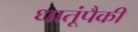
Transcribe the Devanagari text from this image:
धातूंपैकी